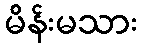
မိန်းမသား